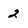
Character: 2